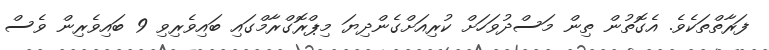
ފަރާތްތަކެވެ. އެގޮތުން ތިން މަސްދުވަހަށް ކުރިއަށްގެންދިޔަ މިޕްރޮގްރާމްގައި ބައިވެރިވި 9 ބައިވެރިން ވެސް